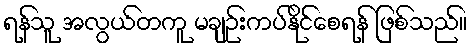
ရန်သူ အလွယ်တကူ မချဉ်းကပ်နိုင်စေရန် ဖြစ်သည်။